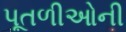
પૂતળીઓની